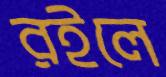
রইলে